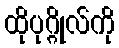
ထိုပုဂ္ဂိုလ်ကို